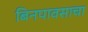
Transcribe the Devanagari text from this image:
बिनपावसाचा